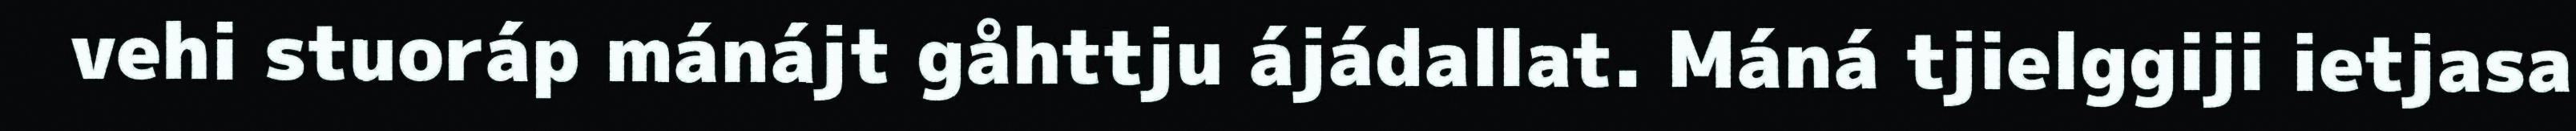
vehi stuoráp mánájt gåhttju ájádallat. Máná tjielggiji ietjasa